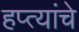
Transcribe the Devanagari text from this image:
हप्त्यांचे